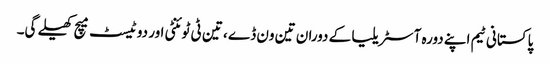
پاکستانی ٹیم اپنے دورہ آسٹریلیا کے دوران تین ون ڈے ، تین ٹی ٹوئنٹی اور دو ٹیسٹ میچ کھیلے گی۔